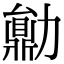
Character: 𠢼